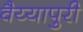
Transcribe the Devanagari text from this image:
वैय्यापुरी